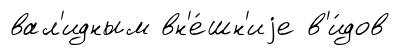
вал'идным вн'е́шн'иjе в'и́дов